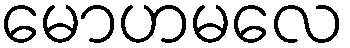
မောဟမလေ